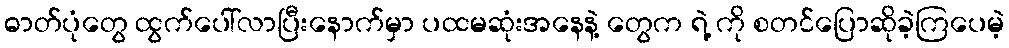
ဓာတ်ပုံတွေ ထွက်ပေါ်လာပြီးနောက်မှာ ပထမဆုံးအနေနဲ့ တွေက ရဲ့ ကို စတင်ပြောဆိုခဲ့ကြပေမဲ့